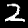
Label: 2